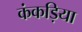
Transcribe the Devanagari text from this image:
कंकड़िया